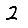
Digit: 2